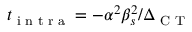
t _ { \textrm { i n t r a } } = - \alpha ^ { 2 } \beta _ { s } ^ { 2 } / \Delta _ { \textrm { C T } }